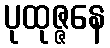
ပုထုဇ္ဇနေ